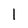
Character: 1